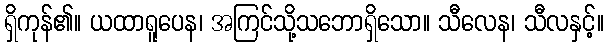
ရှိကုန်၏။ ယထာရူပေန၊ အကြင်သို့သဘောရှိသော။ သီလေန၊ သီလနှင့်။